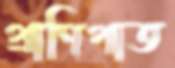
প্রাণিপাত